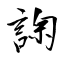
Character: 諊